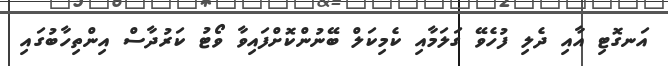
އަނގޮޓި އާއި ދެލި ފުހެވޭ ގަލަމާއި ކެމިކަލް ބޭނުންކޮށްފައިވާ ވޯޓު ކަރުދާސް އިންތިހާބުގައި